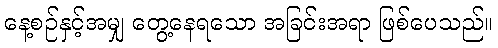
နေ့စဉ်နှင့်အမျှ တွေ့နေရသော အခြင်းအရာ ဖြစ်ပေသည်။